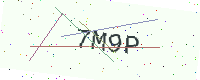
Text: 7M9P